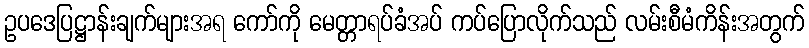
ဥပဒေပြဋ္ဌာန်းချက်များအရ ကော်ကို မေတ္တာရပ်ခံအပ် ကပ်ပြောလိုက်သည် လမ်းစီမံကိန်းအတွက်